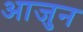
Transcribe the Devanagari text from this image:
आजुन